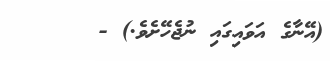
(އޭނާގެ އަވައިގައި ނުޖެހޭށެވެ.) -